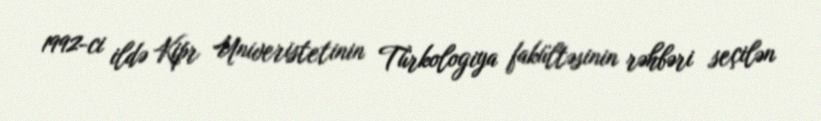
1992-ci ildə Kipr Univeristetinin Türkologiya fakültəsinin rəhbəri seçilən